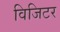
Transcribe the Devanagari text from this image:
विजिटर